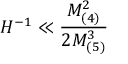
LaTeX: H ^ { - 1 } \ll \frac { M _ { ( 4 ) } ^ { 2 } } { 2 M _ { ( 5 ) } ^ { 3 } }